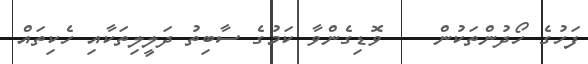
ފަހުގެ ހޯދުންތަކުން    ވޮޑިގެންވާ ކަމުގެ ސާބިތު ދަލީލިތަކާއި ހެކިތައް